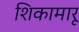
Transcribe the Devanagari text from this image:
शिकामारू